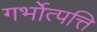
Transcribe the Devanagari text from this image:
गर्भोत्पत्ति